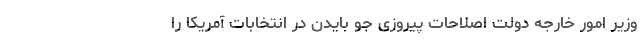
وزیر امور خارجه دولت اصلاحات پیروزی جو بایدن در انتخابات آمریکا را